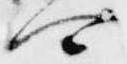
可